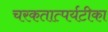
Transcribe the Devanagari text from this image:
चरकतात्पर्यटीका